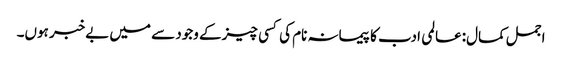
اجمل کمال:عالمی ادب کا پیمانہ نام کی کسی چیز کے وجود سے میں بےخبر ہوں۔